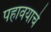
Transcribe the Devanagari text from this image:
पहावयाचे